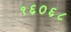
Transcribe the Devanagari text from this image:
१६०६८